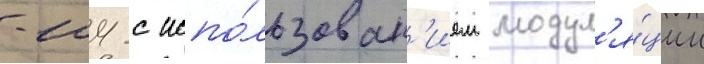
-104 с испо́льзован'ием модул'я́ции